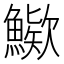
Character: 𩺶